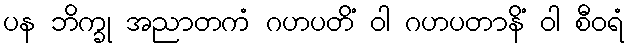
ပန ဘိက္ခု အညာတကံ ဂဟပတိံ ဝါ ဂဟပတာနိံ ဝါ စီဝရံ